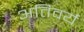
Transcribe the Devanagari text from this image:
अतिवर्य